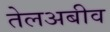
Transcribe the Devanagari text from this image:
तेलअबीव